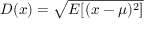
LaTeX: D ( x ) = { \sqrt { E [ ( x - \mu ) ^ { 2 } ] } }